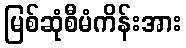
မြစ်ဆုံစီမံကိန်းအား